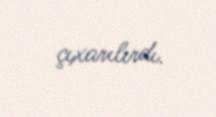
çıxarılırdı.